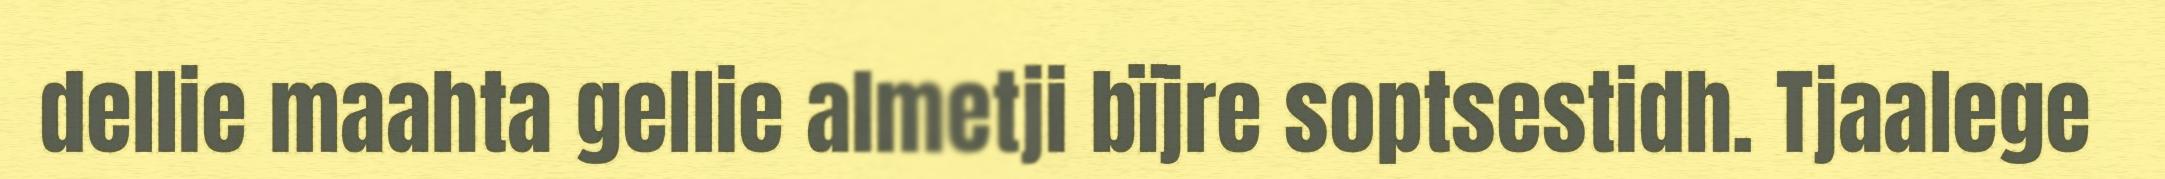
dellie maahta gellie almetji bïjre soptsestidh. Tjaalege